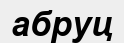
абруц